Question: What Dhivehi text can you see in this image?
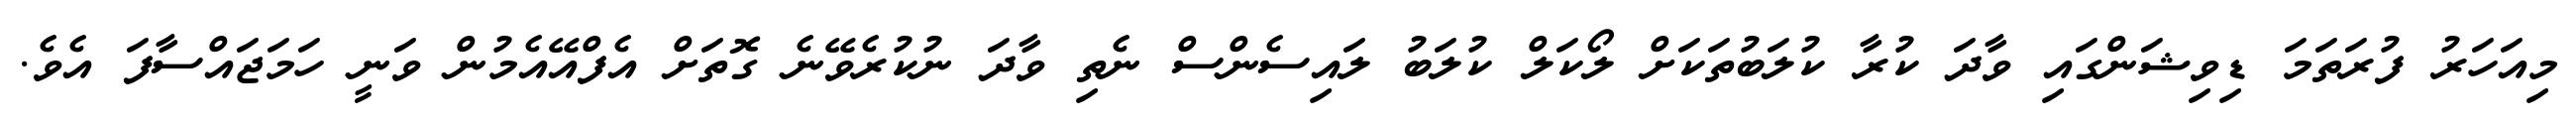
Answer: މިއަހަރު ފުރަތަމަ ޑިވިޝަންގައި ވާދަ ކުރާ ކުލަބުތަކަށް ލޯކަލް ކުލަބު ލައިސެންސް ނެތި ވާދަ ނުކުރެވޭނެ ގޮތަށް އެފްއޭއެމުން ވަނީ ހަމަޖައްސާފަ އެވެ.